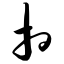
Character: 相